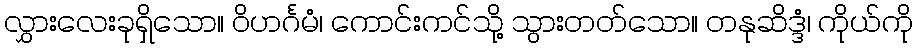
လွှားလေးခုရှိသော။ ဝိဟင်္ဂမံ၊ ကောင်းကင်သို့ သွားတတ်သော။ တနုဆိဒ္ဒံ၊ ကိုယ်ကို